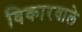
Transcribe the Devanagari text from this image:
विकारवाले